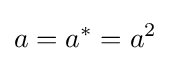
a=a^{*}=a^{2}